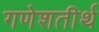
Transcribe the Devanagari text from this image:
गणेशतीर्थ